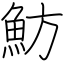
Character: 魴